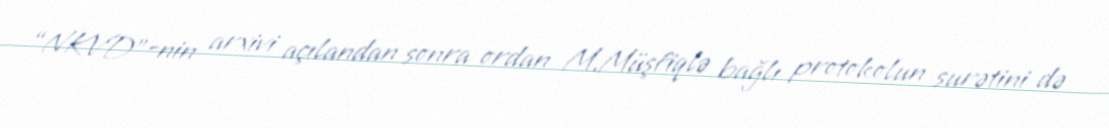
“NKVD”-nin arxivi açılandan sonra ordan M.Müşfiqlə bağlı protokolun surətini də